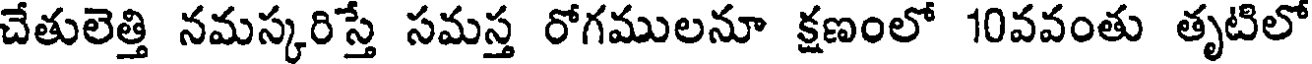
చేతులెత్తి నమస్కరిస్తే సమస్త రోగములనూ క్షణంలో 10వవంతు తృటిలో